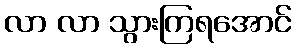
လာ လာ သွားကြရအောင်